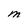
Character: M